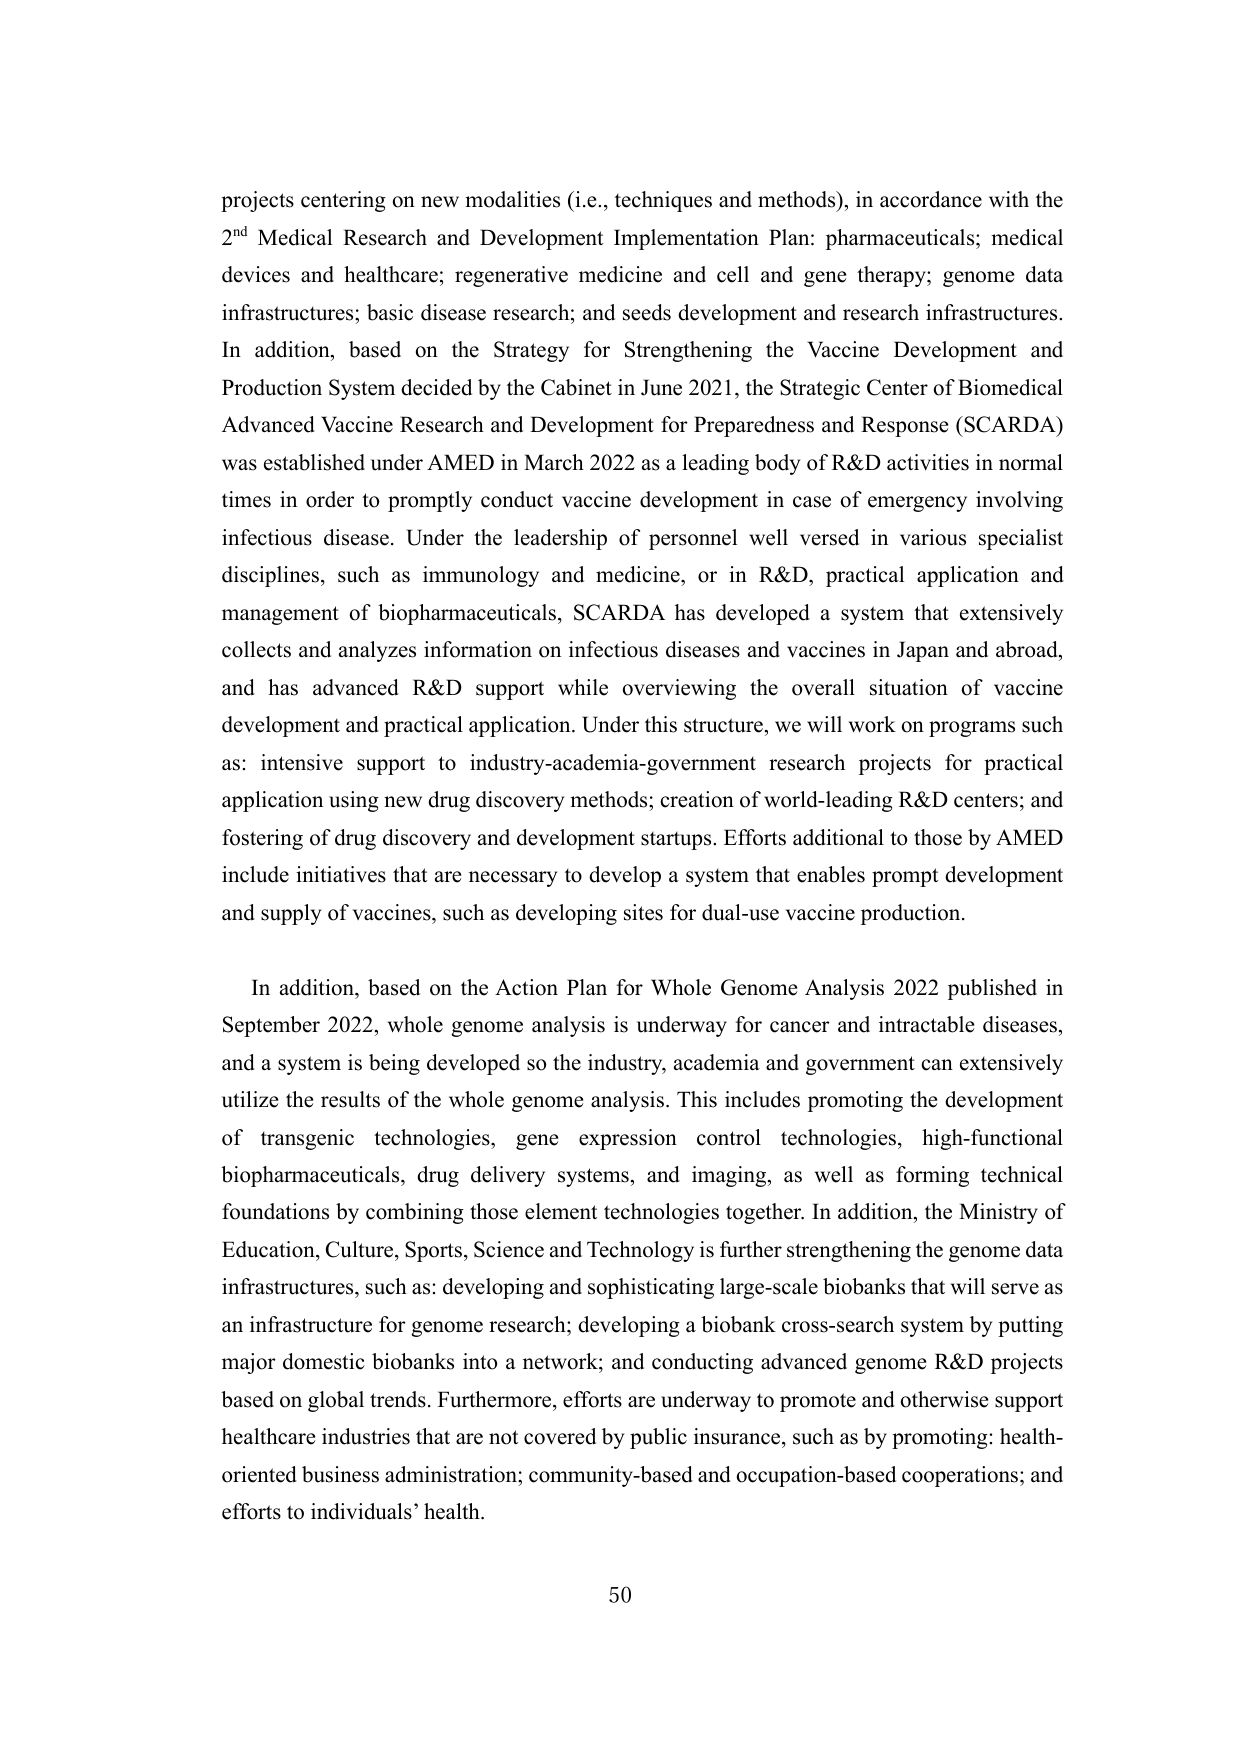
projects centering on new modalities (i.e., techniques and methods), in accordance with the 2nd Medical Research and Development Implementation Plan: pharmaceuticals; medical devices and healthcare; regenerative medicine and cell and gene therapy; genome data infrastructures; basic disease research; and seeds development and research infrastructures. In addition, based on the Strategy for Strengthening the Vaccine Development and Production System decided by the Cabinet in June 2021, the Strategic Center of Biomedical Advanced Vaccine Research and Development for Preparedness and Response (SCARDA) was established under AMED in March 2022 as a leading body of R&D activities in normal times in order to promptly conduct vaccine development in case of emergency involving infectious disease. Under the leadership of personnel well versed in various specialist disciplines, such as immunology and medicine, or in R&D, practical application and management of biopharmaceuticals, SCARDA has developed a system that extensively collects and analyzes information on infectious diseases and vaccines in Japan and abroad, and has advanced R&D support while overviewing the overall situation of vaccine development and practical application. Under this structure, we will work on programs such as: intensive support to industry-academia-government research projects for practical application using new drug discovery methods; creation of world-leading R&D centers; and fostering of drug discovery and development startups. Efforts additional to those by AMED include initiatives that are necessary to develop a system that enables prompt development and supply of vaccines, such as developing sites for dual-use vaccine production.

In addition, based on the Action Plan for Whole Genome Analysis 2022 published in September 2022, whole genome analysis is underway for cancer and intractable diseases, and a system is being developed so the industry, academia and government can extensively utilize the results of the whole genome analysis. This includes promoting the development of transgenic technologies, gene expression control technologies, high-functional biopharmaceuticals, drug delivery systems, and imaging, as well as forming technical foundations by combining those element technologies together. In addition, the Ministry of Education, Culture, Sports, Science and Technology is further strengthening the genome data infrastructures, such as: developing and sophistication large-scale biobanks that will serve as an infrastructure for genome research; developing a biobank cross-search system by putting major domestic biobanks into a network; and conducting advanced genome R&D projects based on global trends. Furthermore, efforts are underway to promote and otherwise support healthcare industries that are not covered by public insurance, such as by promoting: health-oriented business administration; community-based and occupation-based cooperations; and efforts to individuals’ health.

50